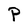
Character: P